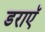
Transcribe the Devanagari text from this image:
डराएॅ